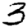
Digit: 3